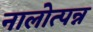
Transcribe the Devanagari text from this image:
नालोत्पन्न